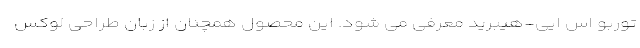
توربو اس ایی-هیبرید معرفی می شود. این محصول همچنان از زبان طراحی لوکس